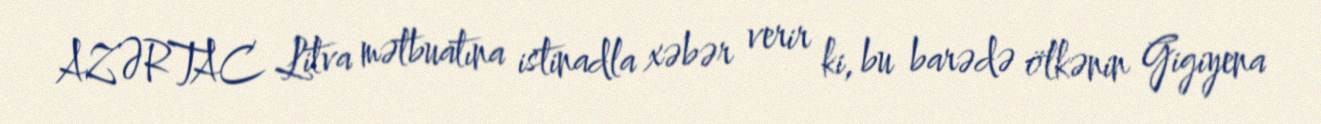
AZƏRTAC Litva mətbuatına istinadla xəbər verir ki, bu barədə ölkənin Gigiyena